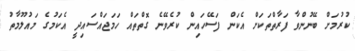
ކުރުމަށް ބޭނުންވާ ފަރާތްތަކަށް އެކަން ފަސޭހައިން ކުރެވޭނެ ގޮތްތައް ހަމަޖައްސައިދީ އެކަމުގެ މައުލޫމާތު